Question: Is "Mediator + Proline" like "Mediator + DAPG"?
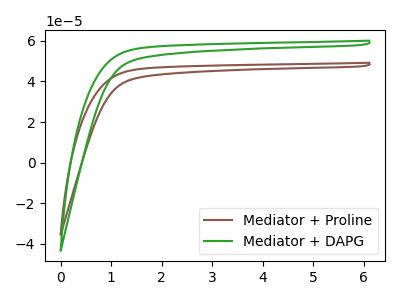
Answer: <think>The brown curve "Mediator + Proline" has no peaks. The green curve "Mediator + DAPG" has no peaks.
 Neither "Mediator + Proline" or "Mediator + DAPG" have any peaks.</think>
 <answer>"Mediator + Proline" and "Mediator + DAPG" are similar in shape.</answer>
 <eval>same_shape</eval>